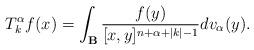
LaTeX: \begin{align*}T_{k}^{\alpha}f(x)=\int_{\mathbf{B}}\frac{f(y)}{[x,y]^{n+\alpha+|k|-1}}dv_{\alpha}(y).\end{align*}